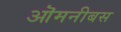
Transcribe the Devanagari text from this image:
ऒमनीबस